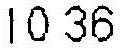
10.36